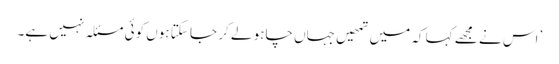
’اس نے مجھے کہا کہ میں تمھیں جہاں چاہو لے کر جا سکتا ہوں کوئی مسئلہ نہیں ہے۔